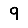
Digit: 9